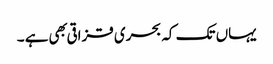
یہاں تک کہ بحری قزاقی بهی ہے ۔